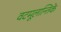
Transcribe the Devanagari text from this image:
वटमूलान्तिके